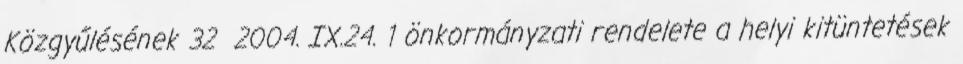
Közgyűlésének 32 2004. IX.24. 1 önkormányzati rendelete a helyi kitüntetések